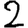
Digit: 2